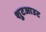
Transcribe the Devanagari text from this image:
शुटआउट